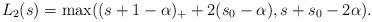
LaTeX: \begin{align*}L_2(s)=\max((s+1-\alpha)_++2(s_0-\alpha), s+s_0-2\alpha).\end{align*}